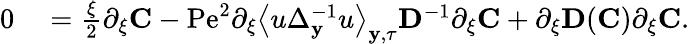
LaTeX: \begin{array}{rl}{0}&{{}=\frac{\xi}{2}\partial_{\xi}\mathbf{C}-\mathrm{Pe}^{2}\partial_{\xi}\left\langle u\Delta_{\mathbf{y}}^{-1}u\right\rangle_{\mathbf{y},\tau}\mathbf{D}^{-1}\partial_{\xi}\mathbf{C}+\partial_{\xi}\mathbf{D}(\mathbf{C})\partial_{\xi}\mathbf{C}.}\end{array}